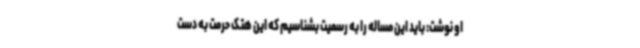
او نوشت: باید این مساله را به رسمیت بشناسیم که این هتک حرمت به دست